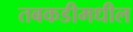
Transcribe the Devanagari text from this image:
तबकडीमधील